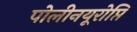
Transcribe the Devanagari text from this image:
पोलीनयूरोप्ति